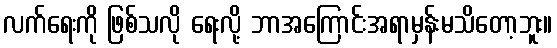
လက်ရေးကို ဖြစ်သလို ရေးလို့ ဘာအကြောင်းအရာမှန်းမသိတော့ဘူး။